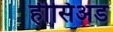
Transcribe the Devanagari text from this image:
हीसिअड